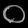
Digit: ၀